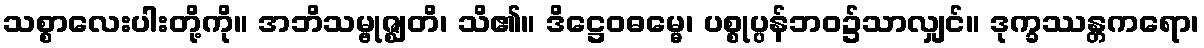
သစ္စာလေးပါးတို့ကို။ အဘိသမ္ဗုဇ္ဈတိ၊ သိ၏။ ဒိဋ္ဌေဝဓမ္မေ၊ ပစ္စုပ္ပန်ဘဝ၌သာလျှင်။ ဒုက္ခဿန္တကရော၊